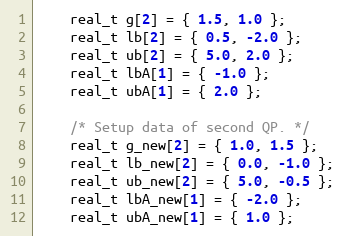
Language: C++
	real_t g[2] = { 1.5, 1.0 };
	real_t lb[2] = { 0.5, -2.0 };
	real_t ub[2] = { 5.0, 2.0 };
	real_t lbA[1] = { -1.0 };
	real_t ubA[1] = { 2.0 };

	/* Setup data of second QP. */
	real_t g_new[2] = { 1.0, 1.5 };
	real_t lb_new[2] = { 0.0, -1.0 };
	real_t ub_new[2] = { 5.0, -0.5 };
	real_t lbA_new[1] = { -2.0 };
	real_t ubA_new[1] = { 1.0 };